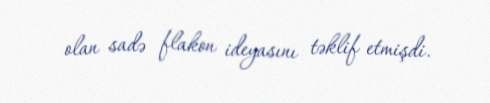
olan sadə flakon ideyasını təklif etmişdi.